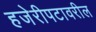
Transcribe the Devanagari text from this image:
हजेरीपटावरील